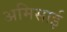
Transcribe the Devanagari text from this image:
अमिसाई